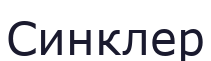
Синклер